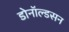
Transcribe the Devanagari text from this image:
डोनॉल्डसन